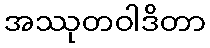
အဿုတဝါဒိတာ